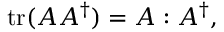
\mathrm { t r } ( A A ^ { \dagger } ) = A : A ^ { \dagger } ,